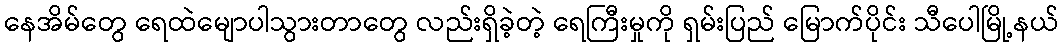
နေအိမ်တွေ ရေထဲမျောပါသွားတာတွေ လည်းရှိခဲ့တဲ့ ရေကြီးမှုကို ရှမ်းပြည် မြောက်ပိုင်း သီပေါမြို့နယ်